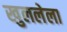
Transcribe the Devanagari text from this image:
खुललेला